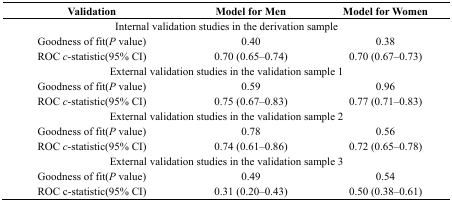
| Validation | Model for Men | Model for Women |
 | --- | --- | --- |
 | <COLSPAN=3> Internal validation studies in the derivation sample |
 | Goodness of fit(P value) | 0.40 | 0.38 |
 | ROC c-statistic(95% CI) | 0.70 (0.65–0.74) | 0.70 (0.67–0.73) |
 | <COLSPAN=3> External validation studies in the validation sample 1 |
 | Goodness of fit(P value) | 0.59 | 0.96 |
 | ROC c-statistic(95% CI) | 0.75 (0.67–0.83) | 0.77 (0.71–0.83) |
 | <COLSPAN=3> External validation studies in the validation sample 2 |
 | Goodness of fit(P value) | 0.78 | 0.56 |
 | ROC c-statistic(95% CI) | 0.74 (0.61–0.86) | 0.72 (0.65–0.78) |
 | <COLSPAN=3> External validation studies in the validation sample 3 |
 | Goodness of fit(P value) | 0.49 | 0.54 |
 | ROC c-statistic(95% CI) | 0.31 (0.20–0.43) | 0.50 (0.38–0.61) |